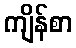
ကျိန်စာ